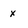
Character: x